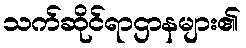
သက်ဆိုင်ရာဌာနများ၏